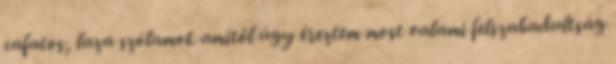
cafatos, laza szólamok amitől úgy éreztem most valami felszabadultság